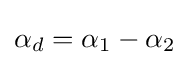
\alpha _{d}=\alpha _{1}-\alpha _{2}